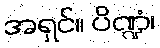
အရှင်။ ပိဏ္ဍံ၊